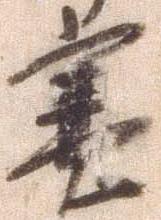
塞